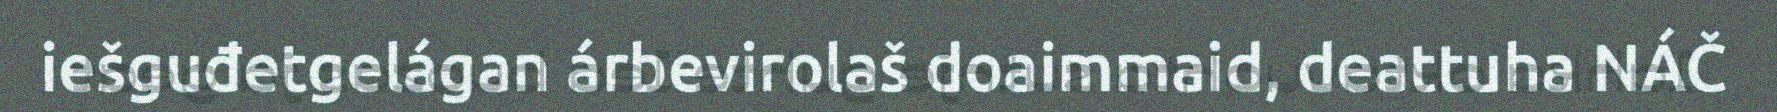
iešguđetgelágan árbevirolaš doaimmaid, deattuha NÁČ